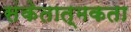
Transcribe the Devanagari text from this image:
संकेतात्मकता